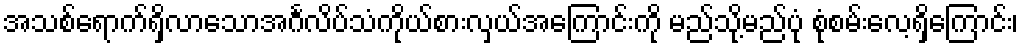
အသစ်ရောက်ရှိလာသောအင်္ဂလိပ်သံကိုယ်စားလှယ်အကြောင်းကို မည်သို့မည်ပုံ စုံစမ်းလေ့ရှိကြောင်း၊